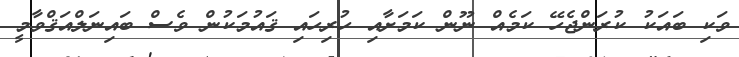
ވަކި ބައަކު ކުރަންޖެހޭ ކަމެއް ނޫން ކަމަށާއި ހުރިހައި ޤައުމަކުން ވެސް ބައިނަލްއަޤްވާމީ